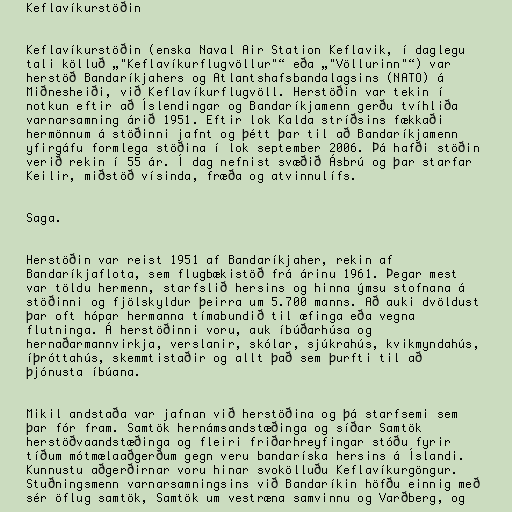
Keflavíkurstöðin

Keflavíkurstöðin (enska Naval Air Station Keflavik, í daglegu
tali kölluð „"Keflavíkurflugvöllur"“ eða „"Völlurinn"“) var
herstöð Bandaríkjahers og Atlantshafsbandalagsins (NATO) á
Miðnesheiði, við Keflavíkurflugvöll. Herstöðin var tekin í
notkun eftir að Íslendingar og Bandaríkjamenn gerðu tvíhliða
varnarsamning árið 1951. Eftir lok Kalda stríðsins fækkaði
hermönnum á stöðinni jafnt og þétt þar til að Bandaríkjamenn
yfirgáfu formlega stöðina í lok september 2006. Þá hafði stöðin
verið rekin í 55 ár. Í dag nefnist svæðið Ásbrú og þar starfar
Keilir, miðstöð vísinda, fræða og atvinnulífs.

Saga.

Herstöðin var reist 1951 af Bandaríkjaher, rekin af
Bandaríkjaflota, sem flugbækistöð frá árinu 1961. Þegar mest
var töldu hermenn, starfslið hersins og hinna ýmsu stofnana á
stöðinni og fjölskyldur þeirra um 5.700 manns. Að auki dvöldust
þar oft hópar hermanna tímabundið til æfinga eða vegna
flutninga. Á herstöðinni voru, auk íbúðarhúsa og
hernaðarmannvirkja, verslanir, skólar, sjúkrahús, kvikmyndahús,
íþróttahús, skemmtistaðir og allt það sem þurfti til að
þjónusta íbúana.

Mikil andstaða var jafnan við herstöðina og þá starfsemi sem
þar fór fram. Samtök hernámsandstæðinga og síðar Samtök
herstöðvaandstæðinga og fleiri friðarhreyfingar stóðu fyrir
tíðum mótmælaaðgerðum gegn veru bandaríska hersins á Íslandi.
Kunnustu aðgerðirnar voru hinar svokölluðu Keflavíkurgöngur.
Stuðningsmenn varnarsamningsins við Bandaríkin höfðu einnig með
sér öflug samtök, Samtök um vestræna samvinnu og Varðberg, og